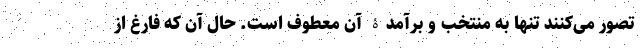
تصور می‌کنند تنها به منتخب و برآمدۀ آن معطوف است. حال آن که فارغ از